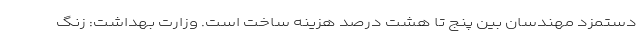
دستمزد مهندسان بین پنج تا هشت درصد هزینه ساخت است. وزارت بهداشت: زنگ